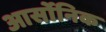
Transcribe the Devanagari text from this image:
आर्सोनिक